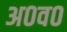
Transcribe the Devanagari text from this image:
अ०व०